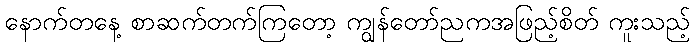
နောက်တနေ့ စာဆက်တက်ကြတော့ ကျွန်တော်ညကအဖြည့်စိတ် ကူးသည့်